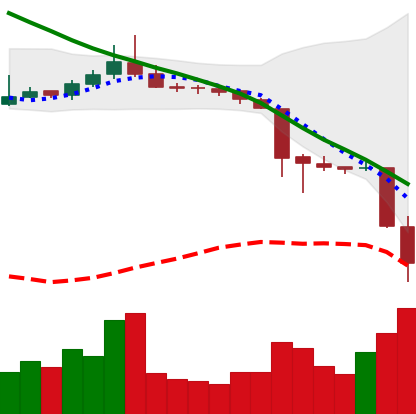
Ticker: TRX-USD
Chart end date: 2018-11-20
Forward return: -10.593%
Label: down_7plus